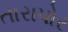
તારાપોર